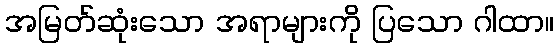
အမြတ်ဆုံးသော အရာများကို ပြသော ဂါထာ။